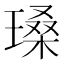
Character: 𪼏